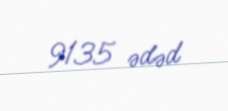
9135 ədəd